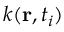
k ( \mathbf { r } , t _ { i } )